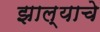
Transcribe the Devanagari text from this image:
झाल्‍याचे